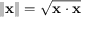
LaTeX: \left\| \mathbf { x } \right\| = { \sqrt { \mathbf { x } \cdot \mathbf { x } } }